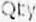
QTY